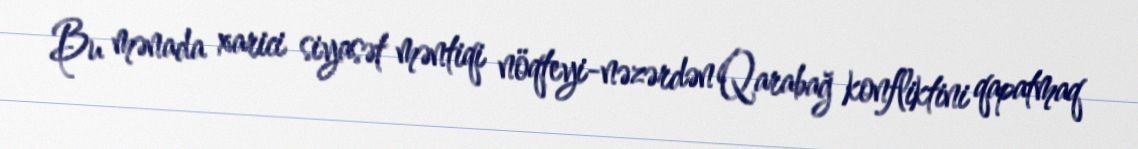
Bu mənada xarici siyasət məntiqi nöqteyi-nəzərdən Qarabağ konfliktini qapatmaq